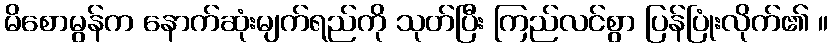
မိစောမွန်က နောက်ဆုံးမျက်ရည်ကို သုတ်ပြီး ကြည်လင်စွာ ပြန်ပြုံးလိုက်၏ ။